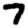
Digit: 7